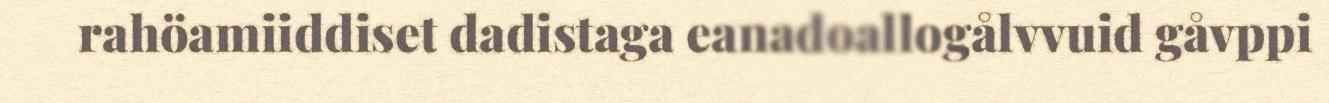
rahöamiiddiset dadistaga eanadoallogålvvuid gåvppi